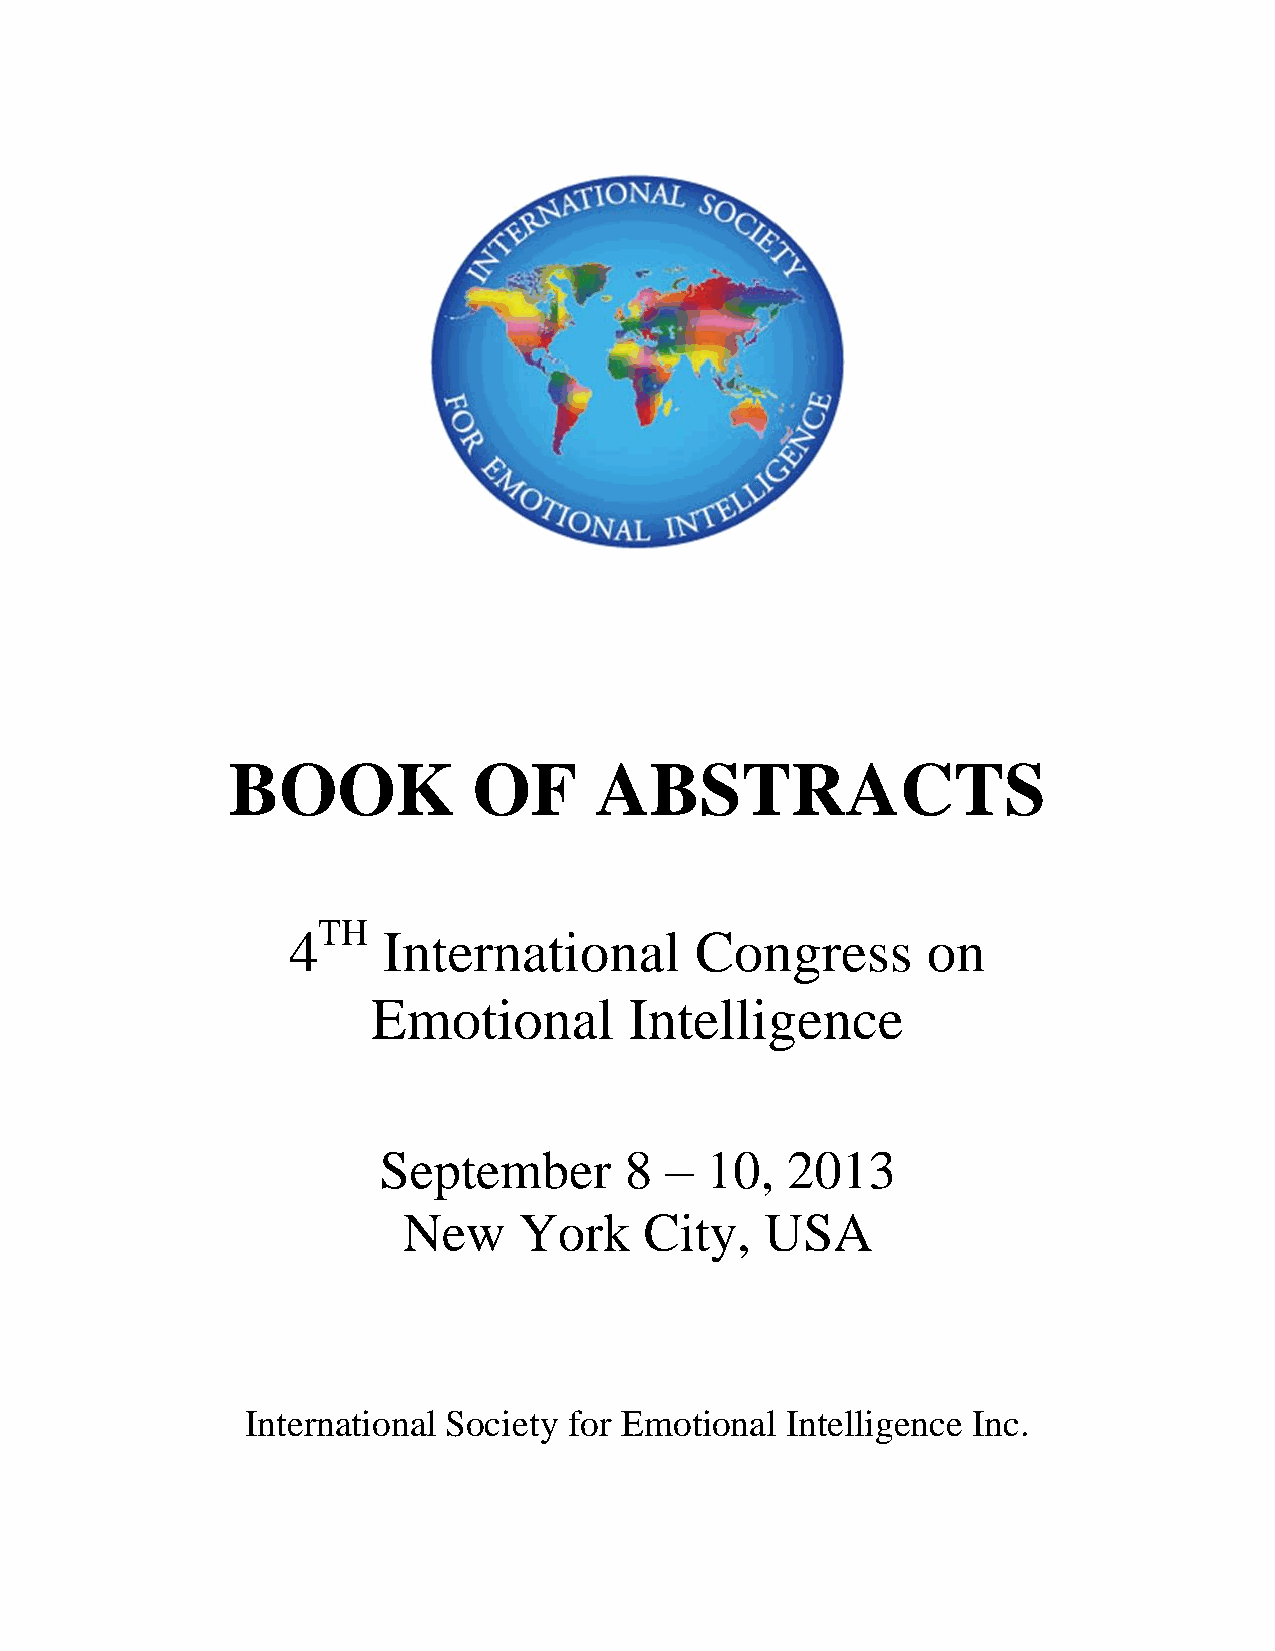
BOOK            OF      ABSTRACTS
 TH
 4     International        Congress       on
 Emotional        Intelligence
 September       8  –  10,  2013
 New    York     City,   USA
 International Society for Emotional Intelligence Inc.